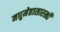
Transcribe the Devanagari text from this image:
मधुमेहासारखी